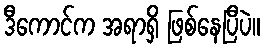
ဒီကောင်က အရာရှိ ဖြစ်နေပြီပဲ။